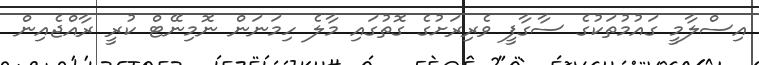
އިސްލާމީ ގައުމުތަކުގެ ސާގާފީ ވެރިރަށުގެ ގޮތުގައި މާލެ ހިމަނަން ނޮމިނޭޓް ކުރީ ރާއްޖެއިން